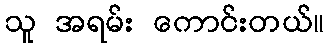
သူ အရမ်း ကောင်းတယ်။